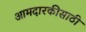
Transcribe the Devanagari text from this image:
आमदारकीसाठी